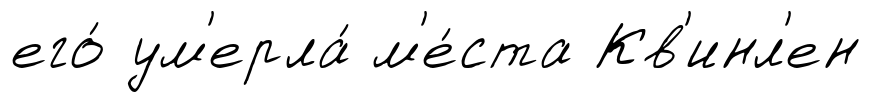
его́ ум'ерла́ м'е́ста Кв'инл'ен